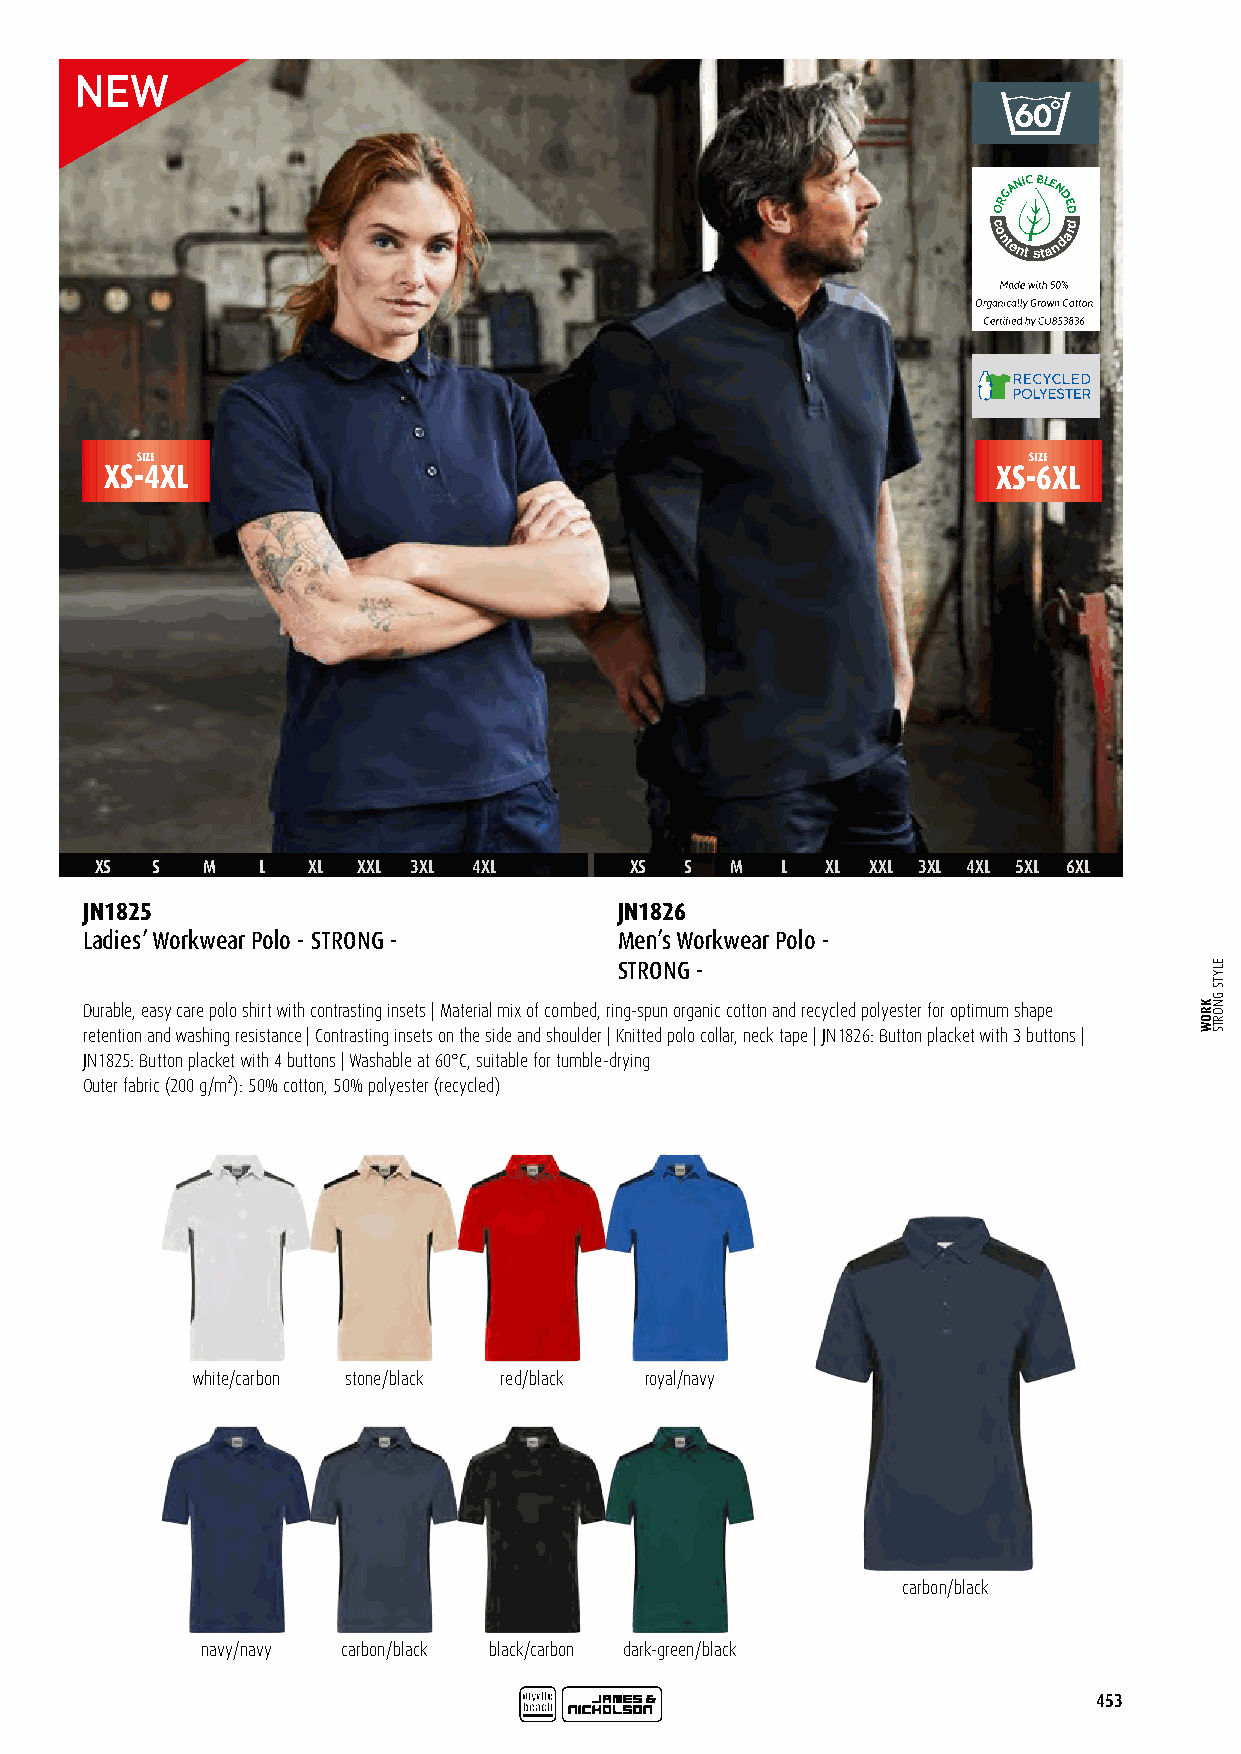
GANIC BLE
 N
 OR  DED
 c
 o
 ntent
 sta
 ndard
 SIZE                                                       SIZE
 XS-4XL                                                     XS-6XL
 XS  S  M   L  XL  XXL 3XL 4XL       XS S  M   L  XL XXL 3XL 4XL 5XL 6XL
 JN1825                              JN1826
 Ladies’ Workwear Polo - STRONG -    Men’s Workwear Polo -
 STRONG -
 Durable, easy care polo shirt with contrasting insets | Material mix of combed, ring-spun organic cotton and recycled polyester for optimum shape
 retention and washing resistance | Contrasting insets on the side and shoulder | Knitted polo collar, neck tape | JN1826: Button placket with 3 buttons |
 JN1825: Button placket with 4 buttons | Washable at 60°C, suitable for tumble-drying
 Outer fabric (200 g/m²): 50% cotton, 50% polyester (recycled)
 white/carbon stone/black red/black royal/navy
 carbon/black
 navy/navy carbon/black black/carbon dark-green/black
 453
 KROW
 ELYTS
 GNORTS